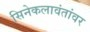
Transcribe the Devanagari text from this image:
सिनेकलावंतांवर